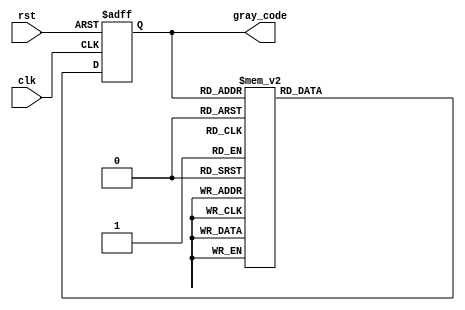
module gray_code_counter (
    input clk,
    input rst,
    output reg [3:0] gray_code
);

reg [3:0] current_state;

always @ (posedge clk or posedge rst) begin
    if (rst) begin
        current_state <= 4'b0000; // initial state
    end else begin
        case (current_state)
            4'b0000: current_state <= 4'b0001;
            4'b0001: current_state <= 4'b0011;
            4'b0011: current_state <= 4'b0010;
            4'b0010: current_state <= 4'b0110;
            4'b0110: current_state <= 4'b0111;
            4'b0111: current_state <= 4'b0101;
            4'b0101: current_state <= 4'b0100;
            4'b0100: current_state <= 4'b1100;
            4'b1100: current_state <= 4'b1101;
            4'b1101: current_state <= 4'b1111;
            4'b1111: current_state <= 4'b1110;
            default: current_state <= 4'b0000;
        endcase
    end
end

assign gray_code = current_state;

endmodule